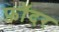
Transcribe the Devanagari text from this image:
फ़ॉदर